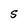
Character: S